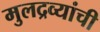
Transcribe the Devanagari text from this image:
मुलद्रव्यांची